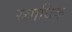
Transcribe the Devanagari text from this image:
स्र्वाधिक